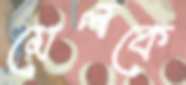
মেলকে